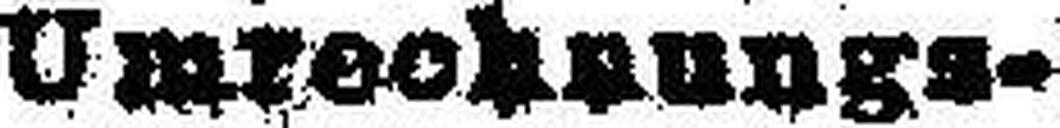
Umrechnungs¬